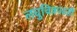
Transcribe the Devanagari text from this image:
लघुचित्रपटही